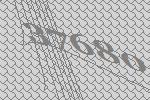
37680